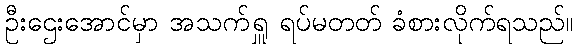
ဦးဌေးအောင်မှာ အသက်ရှူ ရပ်မတတ် ခံစားလိုက်ရသည်။